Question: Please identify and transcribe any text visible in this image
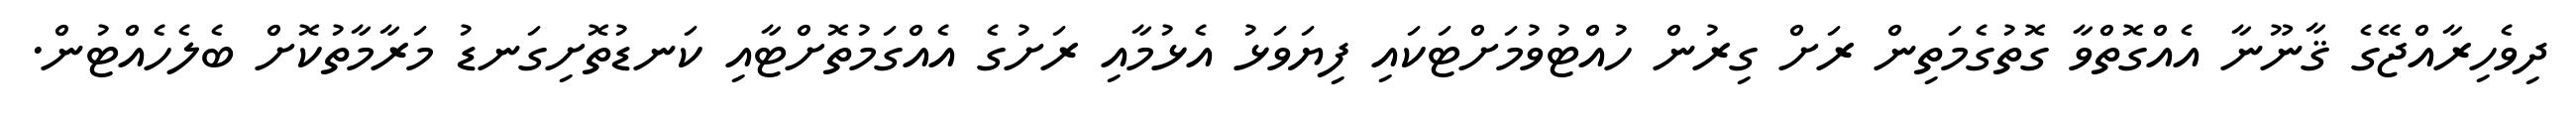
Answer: ދިވެހިރާއްޖޭގެ ޤާނޫނާ އެއްގޮތްވާ ގޮތުގެމަތިން ރަށް ގިރުން ހުއްޓުވުމަށްޓަކައި ފިޔަވަޅު އެޅުމާއި ރަށުގެ އެއްގަމުތޮށްޓާއި ކަނޑުތޮށިގަނޑު މަރާމާތުކޮށް ބެލެހެއްޓުން.